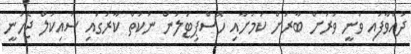
ދުއްވާފައި ވަނީ ވަރަށް ބާރަށް ކަމަށާއި ހޮސްޕިޓަލުން ނުކުތް ކާރުގައި ސައިކަލް ޖެހުނީ